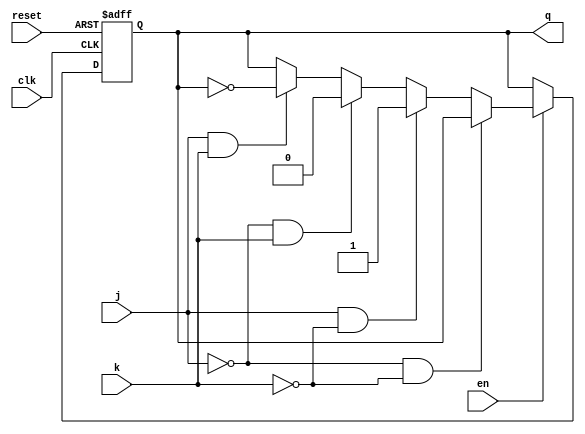
`timescale 1ns / 1ps
module JK_FF(q, j, k, clk, reset, en);
input j, k, clk, reset, en;
output reg q;

//JK flipflop
always@(posedge clk, posedge reset)
begin
        if (reset)
        q <= 1'b0;
        else if (en == 0)   
        q <= q;
        else if (j == 0 && k == 0)
        q <= q;
        else if (j == 1 && k == 0)
        q <= 1;
        else if (j == 0 && k == 1)
        q <= 0;
        else if (j == 1 && k == 1)
        q <= ~q;      
        else
        q <= q;
end
endmodule